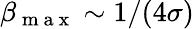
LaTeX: \beta_{\mathrm{~m~a~x~}}\sim 1/(4\sigma)